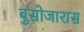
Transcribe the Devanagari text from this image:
बुसोजारास